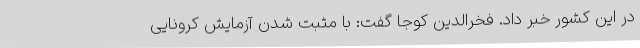
در این کشور خبر داد. فخرالدین کوجا گفت: با مثبت شدن آزمایش کرونایی